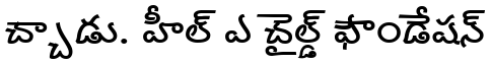
చ్చాడు. హీల్ ఎ చైల్డ్ ఫౌండేషన్